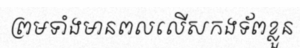
ព្រមទាំងមានពលលើសកងទ័ពខ្លួន